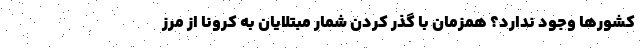
کشورها وجود ندارد؟ همزمان با گذر کردن شمار مبتلایان به کرونا از مرز